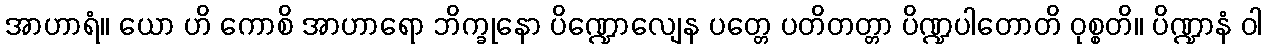
အာဟာရံ။ ယော ဟိ ကောစိ အာဟာရော ဘိက္ခုနော ပိဏ္ဍောလျေန ပတ္တေ ပတိတတ္တာ ပိဏ္ဍပါတောတိ ဝုစ္စတိ။ ပိဏ္ဍာနံ ဝါ